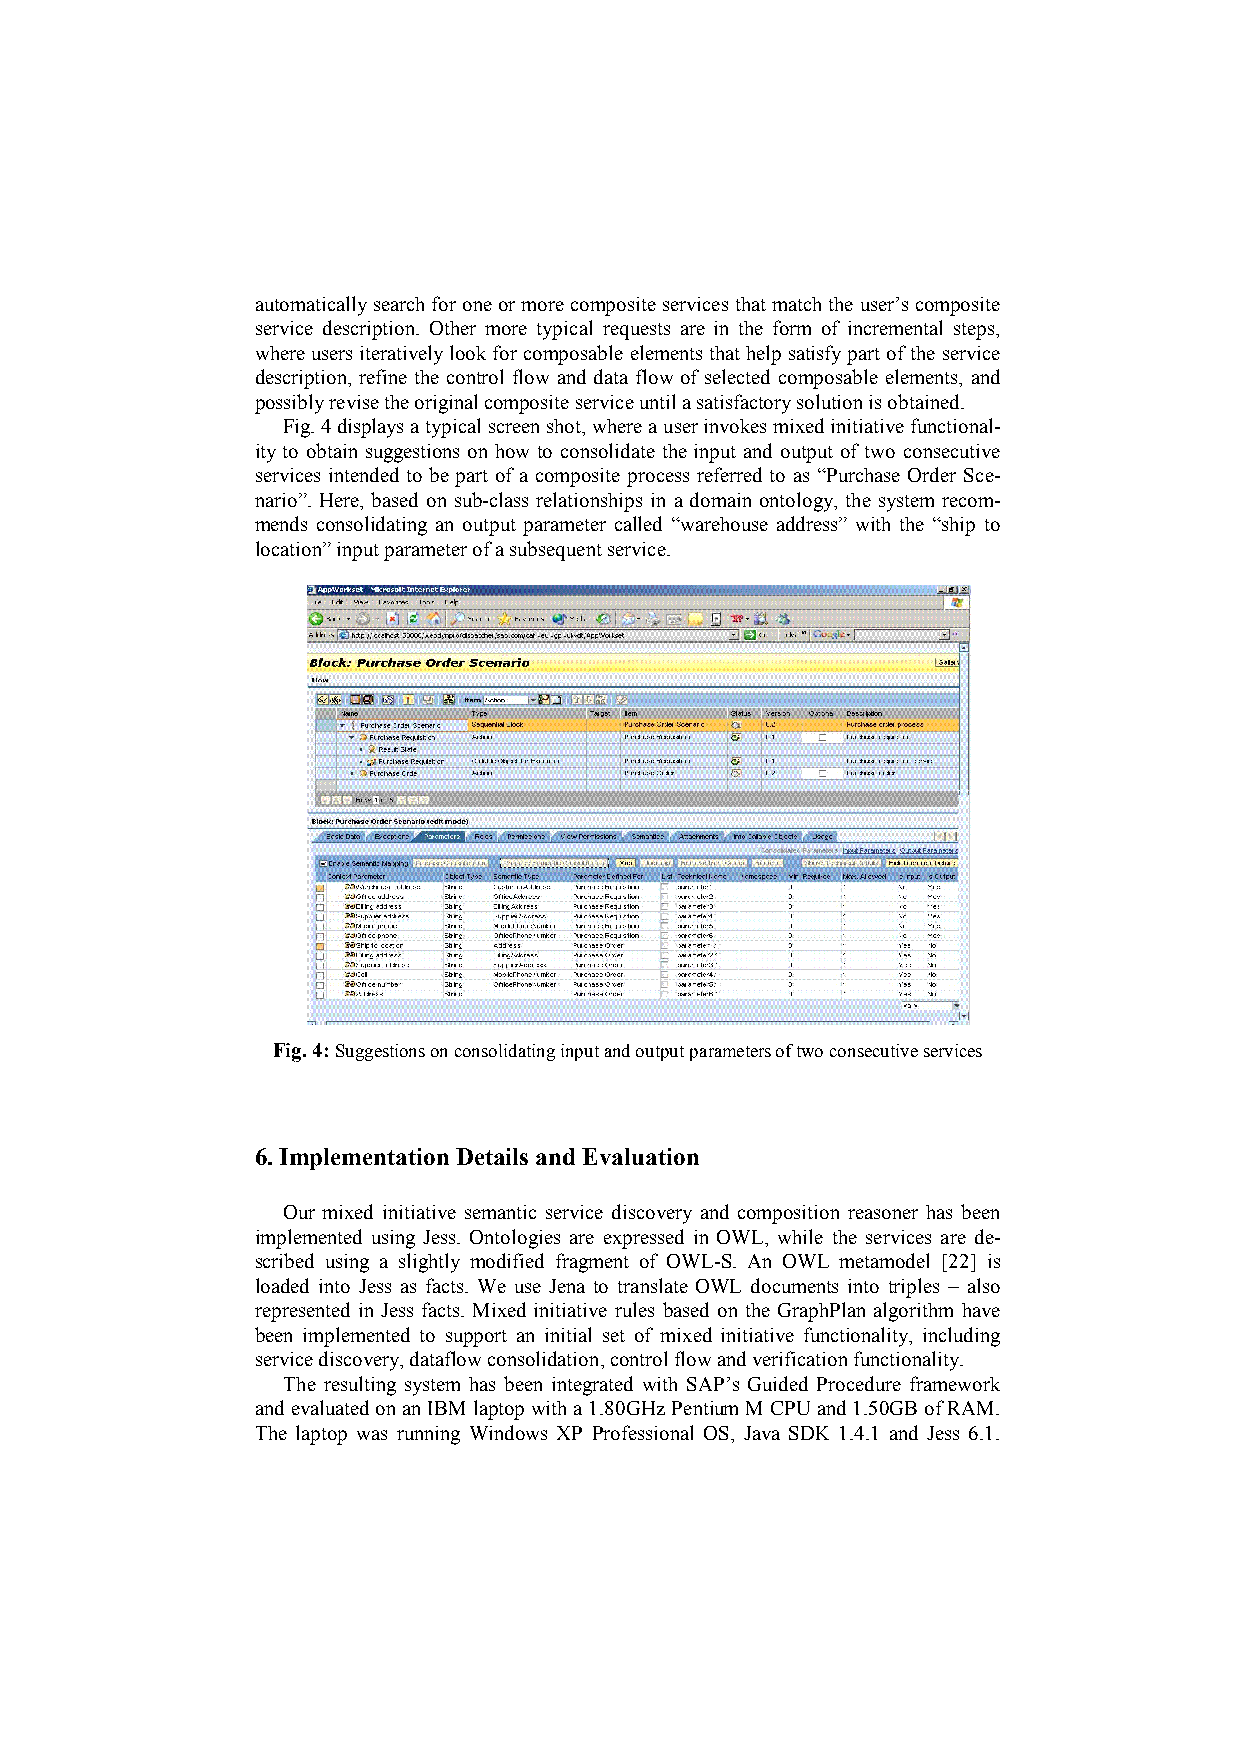
automatically search for one or more composite services that match the user’s composite
 service description. Other more typical requests are in the form of incremental steps,
 where users iteratively look for composable elements that help satisfy part of the service
 description, refine the control flow and data flow of selected composable elements, and
 possibly revise the original composite service until a satisfactory solution is obtained.
 Fig. 4 displays a typical screen shot, where a user invokes mixed initiative functional-
 ity to obtain suggestions on how to consolidate the input and output of two consecutive
 services intended to be part of a composite process referred to as “Purchase Order Sce-
 nario”. Here, based on sub-class relationships in a domain ontology, the system recom-
 mends consolidating an output parameter called “warehouse address” with the “ship to
 location” input parameter of a subsequent service.
 Fig. 4: Suggestions on consolidating input and output parameters of two consecutive services
 6. Implementation Details and Evaluation
 Our mixed initiative semantic service discovery and composition reasoner has been
 implemented using Jess. Ontologies are expressed in OWL, while the services are de-
 scribed using a slightly modified fragment of OWL-S. An OWL metamodel [22] is
 loaded into Jess as facts. We use Jena to translate OWL documents into triples – also
 represented in Jess facts. Mixed initiative rules based on the GraphPlan algorithm have
 been implemented to support an initial set of mixed initiative functionality, including
 service discovery, dataflow consolidation, control flow and verification functionality.
 The resulting system has been integrated with SAP’s Guided Procedure framework
 and evaluated on an IBM laptop with a 1.80GHz Pentium M CPU and 1.50GB of RAM.
 The laptop was running Windows XP Professional OS, Java SDK 1.4.1 and Jess 6.1.